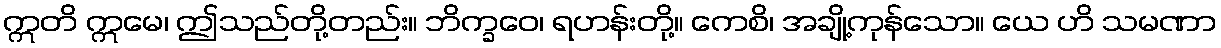
ဣတိ ဣမေ၊ ဤသည်တို့တည်း။ ဘိက္ခဝေ၊ ရဟန်းတို့။ ကေစိ၊ အချို့ကုန်သော။ ယေ ဟိ သမဏာ